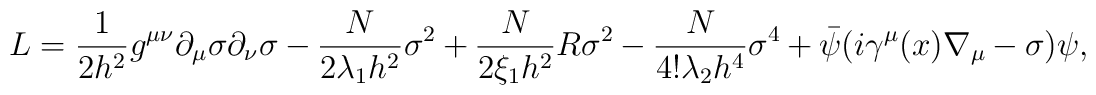
L= \frac{1}{2h^2} g^{\mu\nu} \partial_\mu \sigma \partial_\nu \sigma-\frac{N}{2\lambda_1 h^2} \sigma^2 +\frac{N}{2\xi_1 h^2} R \sigma^2 -\frac{N}{4! \lambda_2 h^4} \sigma^4 +\bar{\psi} (i\gamma^\mu  (x) \nabla_\mu -   \sigma) \psi ,